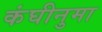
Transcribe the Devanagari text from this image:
कंघीनुमा